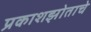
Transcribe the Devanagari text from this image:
प्रकाशझोताचे